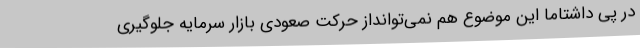
در پی داشتاما این موضوع هم نمی‌توانداز حرکت صعودی بازار سرمایه جلوگیری